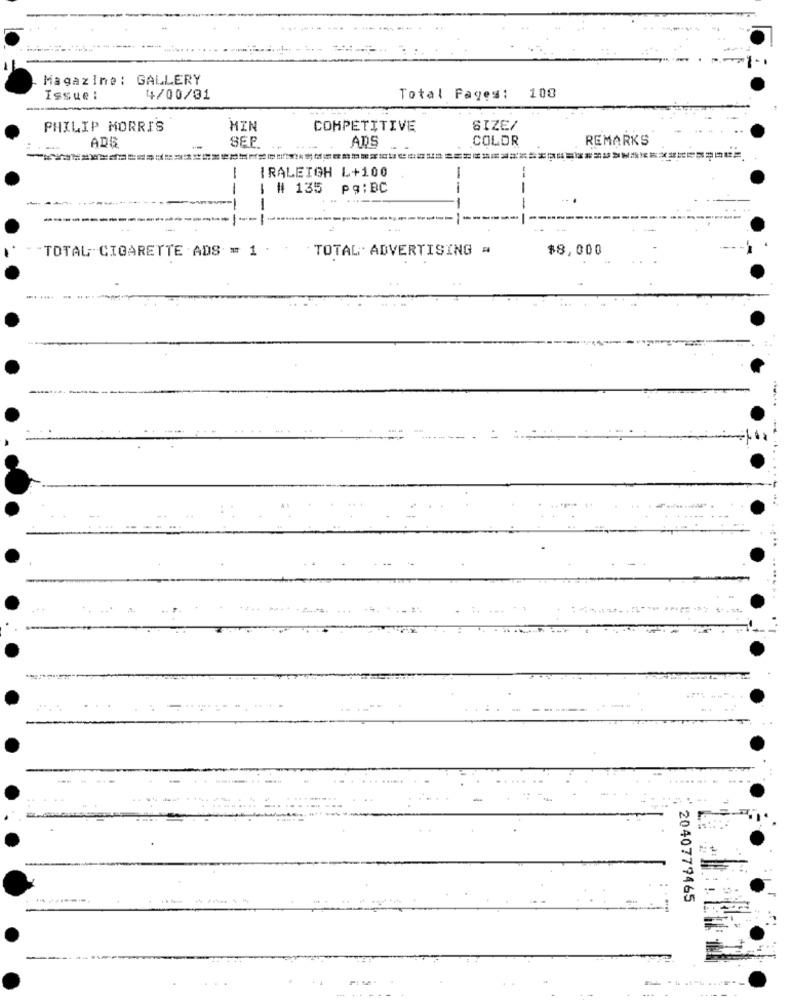
Magazine: GALLERY
108
Issue :
4/00/01
Total Pages:
PHILIP MORRIS
HIN
COMPETITIVE
SIZE/
ADS
SEP
ADS
COLOR
REMARKS
RALEIGH L+100
--
1 # 135
pg:BC
--
---
"TOTAL CIGARETTE ADS = 1
TOTAL: ADVERTISING =
$8,000
... ........
2040779465